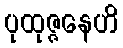
ပုထုဇ္ဇနေဟိ